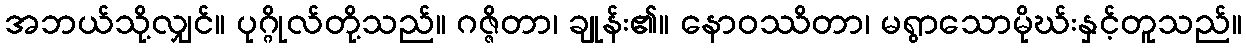
အဘယ်သို့လျှင်။ ပုဂ္ဂိုလ်တို့သည်။ ဂဇ္ဇိတာ၊ ချုန်း၏။ နောဝဿိတာ၊ မရွာသောမိုဃ်းနှင့်တူသည်။